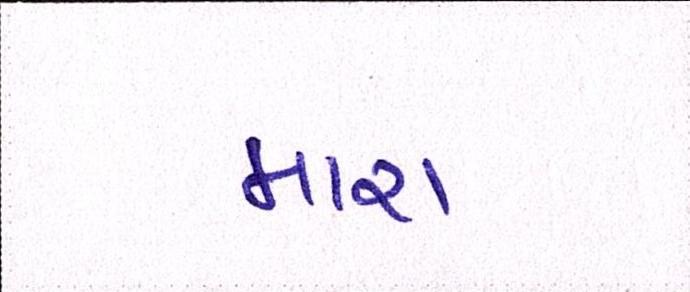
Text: મારા